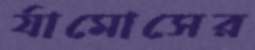
র‍্যামোসের